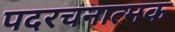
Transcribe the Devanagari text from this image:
पदरचनात्मक